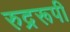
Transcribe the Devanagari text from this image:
रुद्ररूपी